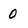
Character: 0